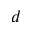
d